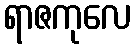
ရာဇကုလေ